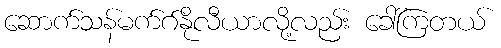
ဆောက်သန်မက်ဂ်နိုလီယာလို့လည်း ခေါ်ကြတယ်